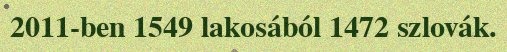
2011-ben 1549 lakosából 1472 szlovák.